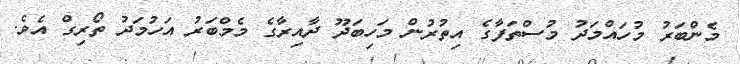
މެންބަރު މުހައްމަދު މުސްތަފާގެ އިތުރުން މަހިބަދޫ ދާއިރާގެ މެމްބަރު އަހުމަދު ތޯރިގް އެވެ.